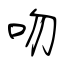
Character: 吻